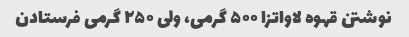
نوشتن قهوه لاواتزا ۵۰۰ گرمی، ولی ۲۵۰ گرمی فرستادن